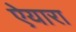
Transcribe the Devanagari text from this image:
ऐयारा